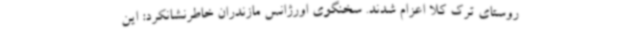
روستای ترک کلا اعزام شدند. سخنگوی اورژانس مازندران خاطرنشانکرد: این